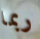
ربما